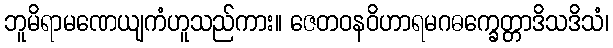
ဘူမိရာမဏေယျကံဟူသည်ကား။ ဇေတဝနဝိဟာရမဂဓက္ခေတ္တာဒိသဒိသံ၊